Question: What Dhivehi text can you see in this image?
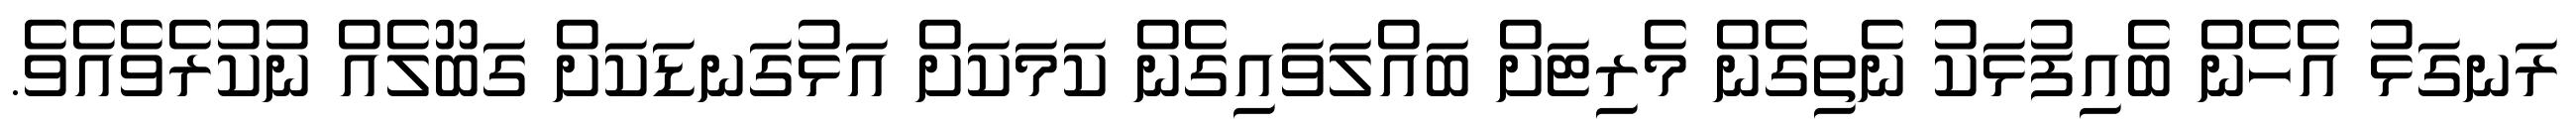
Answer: ރަނގަޅު އެހެން ބެއިފުޅަކު ނެތިގެން މެރިޓަށް ބައްލަވައިގެން ކަމަކަށް އަޅުގަނޑަކަށް ގަބޫލެއް ނުކުރެވެއެވެ.